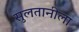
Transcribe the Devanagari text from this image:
सुलतानीला